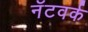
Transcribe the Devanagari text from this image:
नॅटवर्क